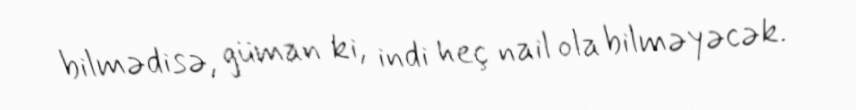
bilmədisə, güman ki, indi heç nail ola bilməyəcək.